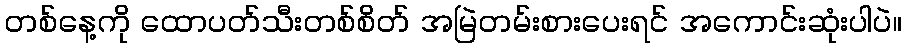
တစ်နေ့ကို ထောပတ်သီးတစ်စိတ် အမြဲတမ်းစားပေးရင် အကောင်းဆုံးပါပဲ။